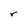
Character: r